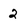
Character: 2